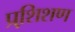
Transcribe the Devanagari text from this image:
प्रशि़शण